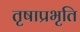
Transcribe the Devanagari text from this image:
तृषाप्रभृति